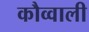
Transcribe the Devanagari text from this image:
कौव्वाली